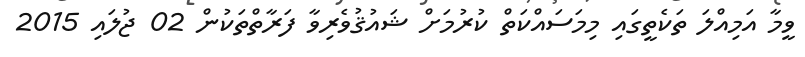
ވީމާ އަމިއްލަ ތަކެތީގައި މިމަސައްކަތް ކުރުމަށް ޝައުޤުވެރިވާ ފަރާތްތަކުން 02 ޖުލައި 2015